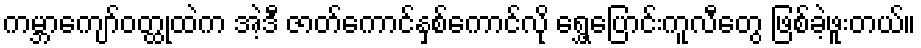
ကမ္ဘာကျော်ဝတ္ထုထဲက အဲ့ဒီ ဇာတ်ကောင်နှစ်ကောင်လို ရွှေ့ပြောင်းကူလီတွေ ဖြစ်ခဲ့ဖူးတယ်။